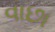
વાછા